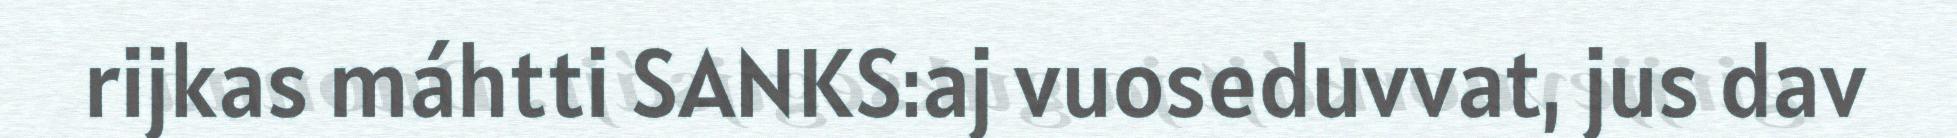
rijkas máhtti SANKS:aj vuoseduvvat, jus dav